Proceedings of the meeting of veterinary officers in India
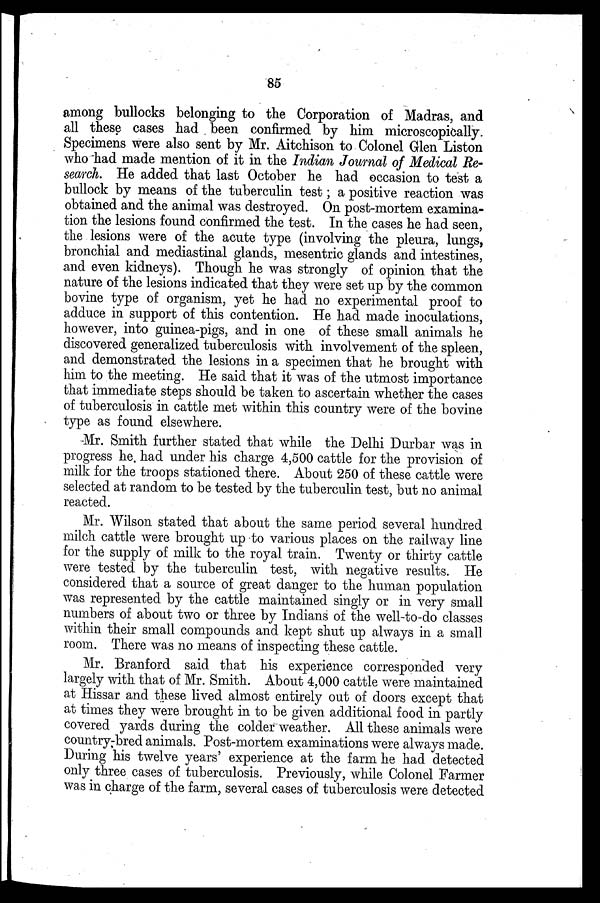
85
among bullocks belonging to the Corporation of Madras, and
all these cases had been confirmed by him microscopically.
Specimens were also sent by Mr. Aitchison to Colonel Glen Liston
who had made mention of it in the Indian Journal of Medical Re-
search. He added that last October he had occasion to test a
bullock by means of the tuberculin test; a positive reaction was
obtained and the animal was destroyed. On post-mortem examina-
tion the lesions found confirmed the test. In the cases he had seen,
the lesions were of the acute type (involving the pleura, lungs,
bronchial and mediastinal glands, mesentric glands and intestines,
and even kidneys). Though he was strongly of opinion that the
nature of the lesions indicated that they were set up by the common
bovine type of organism, yet he had no experimental proof to
adduce in support of this contention. He had made inoculations,
however, into guinea-pigs, and in one of these small animals he
discovered generalized tuberculosis with involvement of the spleen,
and demonstrated the lesions in a specimen that he brought with
him to the meeting. He said that it was of the utmost importance
that immediate steps should be taken to ascertain whether the cases
of tuberculosis in cattle met within this country were of the bovine
type as found elsewhere.
Mr. Smith further stated that while the Delhi Durbar was in
progress he, had under his charge 4,500 cattle for the provision of
milk for the troops stationed there. About 250 of these cattle were
selected at random to be tested by the tuberculin test, but no animal
reacted.
Mr. Wilson stated that about the same period several hundred
milch cattle were brought up to various places on the railway line
for the supply of milk to the royal train. Twenty or thirty cattle
were tested by the tuberculin test, with negative results. He
considered that a source of great danger to the human population
was represented by the cattle maintained singly or in very small
numbers of about two or three by Indians of the well-to-do classes
within their small compounds and kept shut up always in a small
room. There was no means of inspecting these cattle.
Mr. Branford said that his experience corresponded very
largely with that of Mr. Smith. About 4,000 cattle were maintained
at Hissar and these lived almost entirely out of doors except that
at times they were brought in to be given additional food in partly
covered yards during the colder weather. All these animals were
country-bred animals. Post-mortem examinations were always made.
During his twelve years' experience at the farm he had detected
only three cases of tuberculosis. Previously, while Colonel Farmer
was in charge of the farm, several cases of tuberculosis were detected